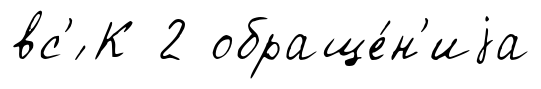
вс'́ К 2 обраще́н'иjа